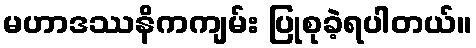
မဟာဒဿနိကကျမ်း ပြုစုခဲ့ရပါတယ်။